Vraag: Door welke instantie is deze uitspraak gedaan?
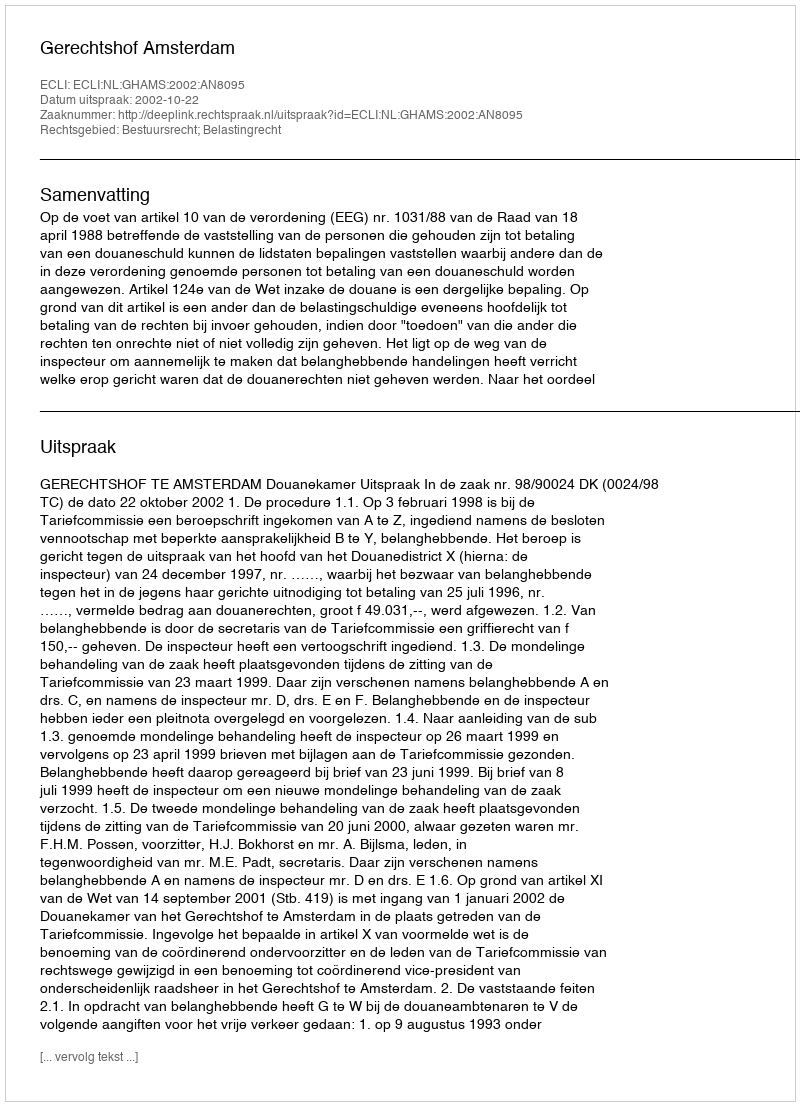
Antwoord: Gerechtshof Amsterdam